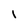
Character: 1